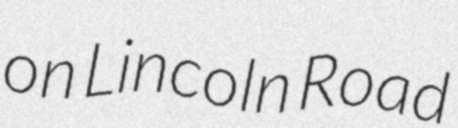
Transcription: on Lincoln Road